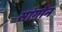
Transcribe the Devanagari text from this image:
सांगोन